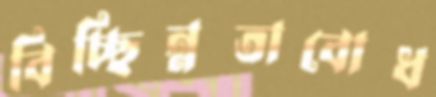
বিচ্ছিন্নতাবোধ